Annual report of the Punjab Veterinary College and of the Civil Veterinary Department, Punjab - 1909-1919
Year: 1909
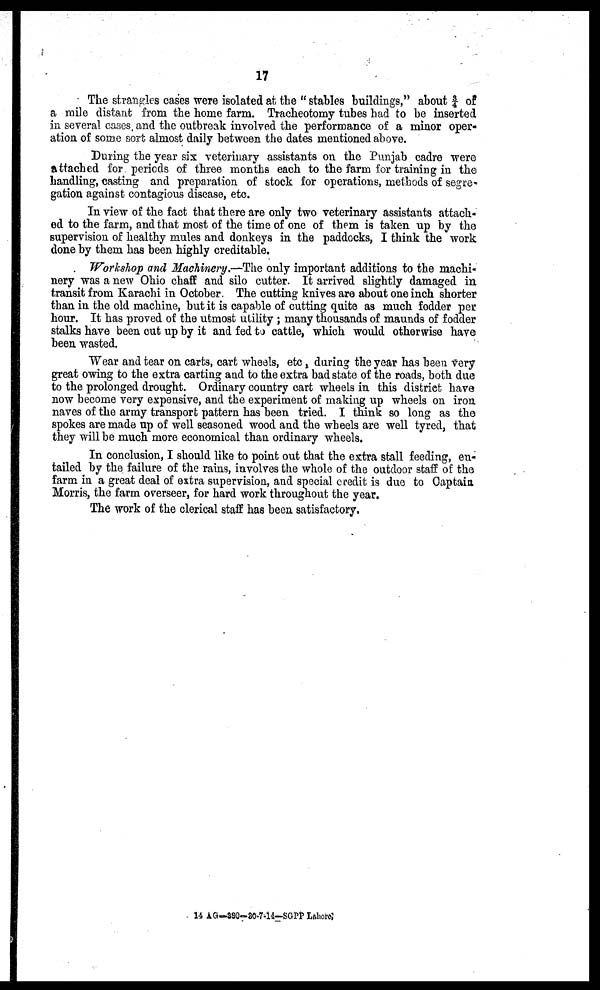
17
The strangles cases were isolated at the "stables buildings," about 3/4 of
a mile distant from the home farm. Tracheotomy tubes had to be inserted
in several cases and the outbreak involved the performance of a minor oper-
ation of some sort almost daily between the dates mentioned above.
During the year six veterinary assistants on the Punjab cadre were
attached for periods of three months each to the farm for training in the
handling, casting and preparation of stock for operations, methods of segre-
gation against contagious disease, etc.
In view of the fact that there are only two veterinary assistants attach-
ed to the farm, and that most of the time of one of them is taken up by the
supervision of healthy mules and donkeys in the paddocks, I think the work
done by them has been highly creditable.
Workshop and Machinery.—The only important additions to the machi-
nery was a new Ohio chaff and silo cutter. It arrived slightly damaged in
transit from Karachi in October. The cutting knives are about one inch shorter
than in the old machine, but it is capable of cutting quite as much fodder per
hour. It has proved of the utmost utility; many thousands of maunds of fodder
stalks have been cut up by it and fed to cattle, which would otherwise have
been wasted.
Wear and tear on carts, cart wheels, etc, during the year has been very
great owing to the extra carting and to the extra bad state of the roads, both due
to the prolonged drought. Ordinary country cart wheels in this district have
now become very expensive, and the experiment of making up wheels on iron
naves of the army transport pattern has been tried. I think so long as the
spokes are made up of well seasoned wood and the wheels are well tyred, that
they will be much more economical than ordinary wheels.
In conclusion, I should like to point out that the extra stall feeding, en-
tailed by the failure of the rains, involves the whole of the outdoor staff of the
farm in a great deal of extra supervision, and special credit is due to Captain
Morris, the farm overseer, for hard work throughout the year.
The work of the clerical staff has been satisfactory.
14 AG—380-30-7-14—SGPP Lahore